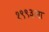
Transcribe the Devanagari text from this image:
१९९३ला